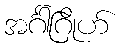
အင်္ဂါဂြိုဟ်